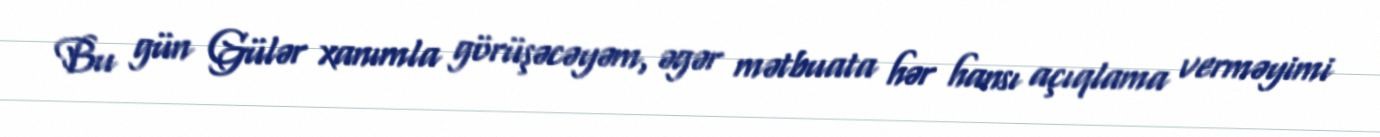
Bu gün Gülər xanımla görüşəcəyəm, əgər mətbuata hər hansı açıqlama verməyimi